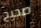
صحيح